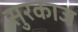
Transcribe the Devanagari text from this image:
सुरकाज